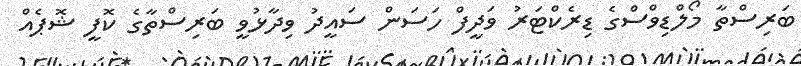
ބަރިސްތާ މޯލްޑިވްސްގެ ޑިރެކްޓަރު ވަދީފް ހަސަން ސައީދު ވިދާޅުވީ ބަރިސްތާގެ ކޮފީ ޝޮޕެއް